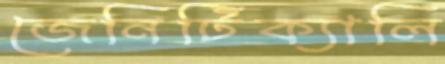
জেনিটিক্যালি